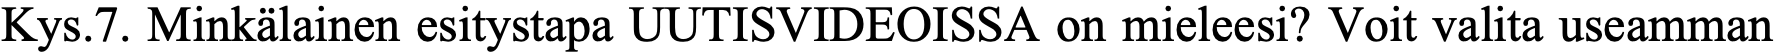
Kys.7. Minkälainen esitystapa UUTISVIDEOISSA on mieleesi? Voit valita useamman